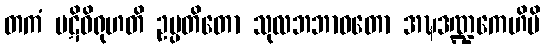
တကံ ပဋိဝိရုဟတိ ဥပ္ပတိတော သုလဘဘာဝတော အဍ္ဎဒဏ္ဍကေဟိပိ